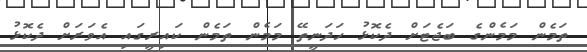
ތަމެން މަމެންގެ ބަޖެޓަށް ދެކޮޅު ހަދަނީތޭ މަމެން ތަމެން ކައިރީގައި އެވަރަށް ދެކޮޅު